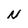
Character: N